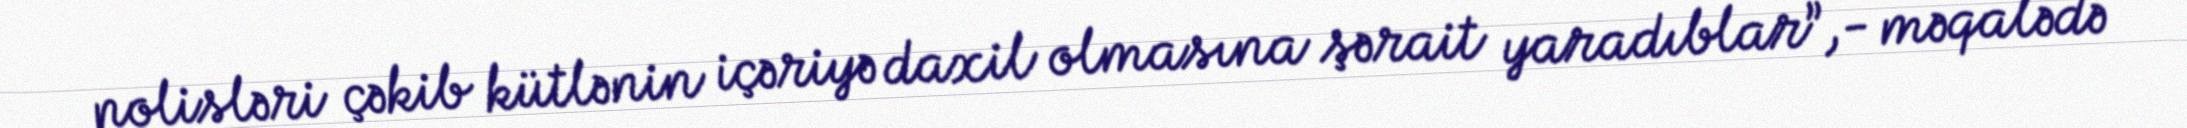
polisləri çəkib kütlənin içəriyə daxil olmasına şərait yaradıblar”,- məqalədə